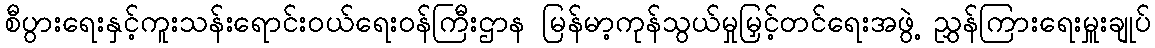
စီပွားရေးနှင့်ကူးသန်းရောင်းဝယ်ရေးဝန်ကြီးဌာန မြန်မာ့ကုန်သွယ်မှုမြှင့်တင်ရေးအဖွဲ့ ညွှန်ကြားရေးမှူးချုပ်